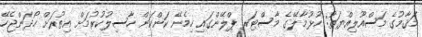
މަޤާމުގެ މަސްއޫލިއްޔަތު: ހުޅުމާލޭގެ މާސްޓަރ ޕްލޭންގައި ހިމެނޭ ކަންކަން ހާސިލުކުރުމަށް އިތުރަށް ހޯދަންޖެހޭ